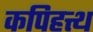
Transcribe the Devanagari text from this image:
कपिहत्थ